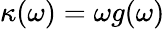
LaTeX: \kappa(\omega)=\omega g(\omega)